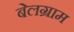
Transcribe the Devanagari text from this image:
बेलग्राम